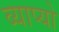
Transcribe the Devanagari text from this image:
व्याप्यो